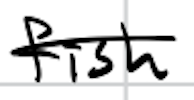
Text: fish
Cross-out: single-line
Writing tool: digital_black